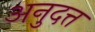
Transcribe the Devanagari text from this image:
अनुदत्त